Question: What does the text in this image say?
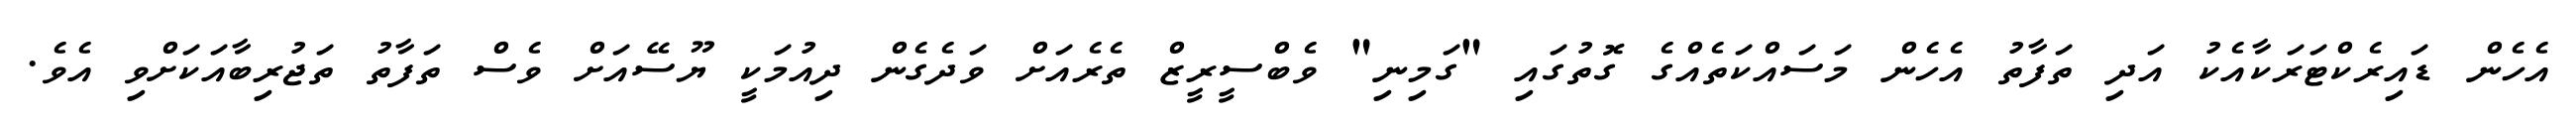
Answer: އެހެން ޑައިރެކްޓަރަކާއެކު އަދި ތަފާތު އެހެން މަސައްކަތެއްގެ ގޮތުގައި "ގަމިނި" ވެބްސީރީޒް ތެރެއަށް ވަދެގެން ދިއުމަކީ ޔޫސޭއަށް ވެސް ތަފާތު ތަޖުރިބާއަކަށްވި އެވެ.